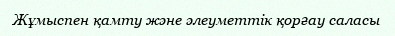
Жұмыспен қамту және әлеуметтік қорғау саласы